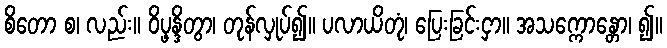
စိတော စ၊ လည်း။ ဝိပ္ဖန္ဒိတွာ၊ တုန်လှုပ်၍။ ပလာယိတုံ၊ ပြေးခြင်းငှာ။ အသက္ကောန္တော၊ ၍။